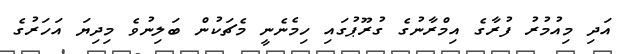
އަދި މިއުމުރު ފުރާގެ އިމްރާނުގެ ގުރޫޕުގައި ހިމެނެނީ މެޗަކުން ބަލިނުވެ މިދިޔަ އަހަރުގެ